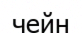
чейн